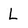
Character: L